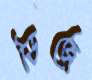
ডিজে